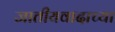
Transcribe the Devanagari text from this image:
जातीयवादाच्या